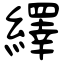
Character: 繹